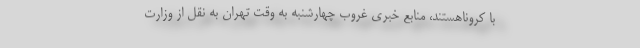
با کروناهستند، منابع خبری غروب چهارشنبه به وقت تهران به نقل از وزارت